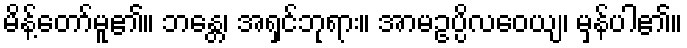
မိန့်တော်မူ၏။ ဘန္တေ၊ အရှင်ဘုရား။ အာမဥပ္ပိလဝေယျ၊ မှန်ပါ၏။